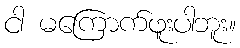
ငါ မကြောက်ဖူးပါဘူး။